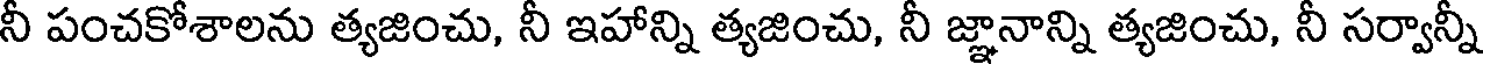
నీ పంచకోశాలను త్యజించు, నీ ఇహాన్ని త్యజించు, నీ జ్ఞానాన్ని త్యజించు, నీ సర్వాన్నీ